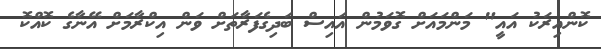
ކޮންއިރަކު އައީ" މަންމައަށް ގޮވަމުން އައިސް ބަދިގެފަރާތަށް ވަން އިކްރާމަށް އޭނާގެ ކޮއްކޮ